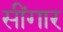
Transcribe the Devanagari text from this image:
सींगार